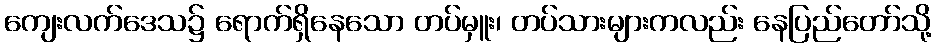
ကျေးလက်ဒေသ၌ ရောက်ရှိနေသော တပ်မှူး၊ တပ်သားများကလည်း နေပြည်တော်သို့